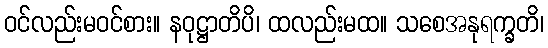
ဝင်လည်းမဝင်စား။ နဝုဋ္ဌာတိပိ၊ ထလည်းမထ။ သစေအနုရက္ခတိ၊